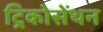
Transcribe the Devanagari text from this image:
ट्रिकोसेंथन